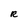
Character: R